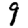
Digit: 9